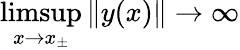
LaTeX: \operatorname*{limsup}_{x\to x_{\pm}}\| y(x)\| \to\infty